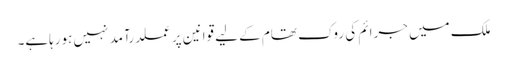
ملک میں جرائم کی روک تھام کے لیے قوانین پر عملدرآمد نہیں ہورہاہے۔